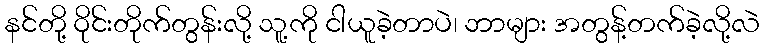
နင်တို့ ဝိုင်းတိုက်တွန်းလို့ သူ့ကို ငါယူခဲ့တာပဲ၊ ဘာများ အတွန့်တက်ခဲ့လို့လဲ